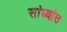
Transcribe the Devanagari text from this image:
सांध्यांत